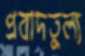
প্রবাদতুল্য